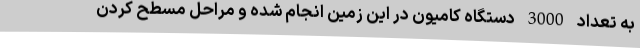
به تعداد 3000 دستگاه کامیون در این زمین انجام شده و مراحل مسطح کردن